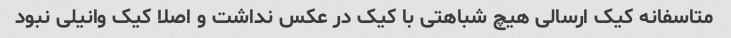
متاسفانه کیک ارسالی هیچ شباهتی با کیک در عکس نداشت و اصلا کیک وانیلی نبود